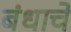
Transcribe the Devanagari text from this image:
बंधाचे